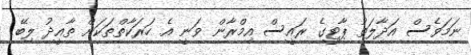
ނަމަވެސް އަދާލަތު ޕާޓީގެ ރައީސް އިމްރާން ވަނީ އެ ހަރަކާތްތަކަށް ތާއީދު ލިބޭ